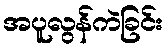
အပူလွန်ကဲခြင်း